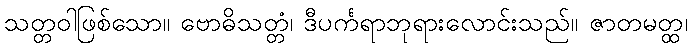
သတ္တဝါဖြစ်သော။ ဗောဓိသတ္တံ၊ ဒီပင်္ကရာဘုရားလောင်းသည်။ ဇာတမတ္ထ၊